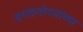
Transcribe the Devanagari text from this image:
दगडगोट्यांच्या